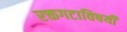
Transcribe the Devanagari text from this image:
रक्तगटाविषयी